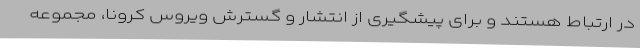
در ارتباط هستند و برای پیشگیری از انتشار و گسترش ویروس کرونا، مجموعه